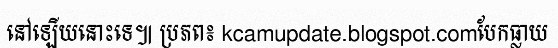
នៅឡើយនោះទេ៕ ប្រភព៖ kcamupdate.blogspot.comបែកធ្លាយ